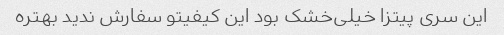
این سری پیتزا خیلی‌خشک بود این کیفیتو سفارش‌ ندید بهتره